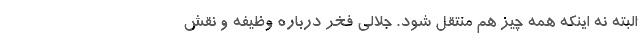
البته نه اینکه همه چیز هم منتقل شود. جلالی فخر درباره وظیفه و نقش